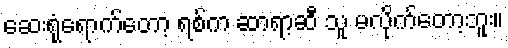
ဆေးရုံရောက်တော့ ရစ်က ဆာရာ့ဆီ သူ မလိုက်တော့ဘူး။